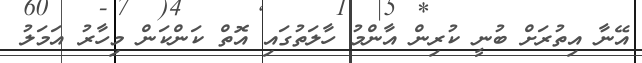
އޭނާ އިތުރަށް ބުނީ ކުރިން އާންމު ހާލަތުގައި އޮތް ކަންކަން މިހާރު އަމަލު